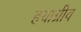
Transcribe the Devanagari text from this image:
हयाग्रीव